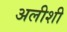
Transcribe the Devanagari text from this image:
अलीशी